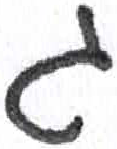
אות: ג